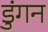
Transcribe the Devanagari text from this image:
डुंगन